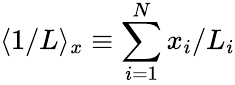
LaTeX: \langle 1/L\rangle_{x}\equiv\sum_{i=1}^{N}x_{i}/L_{i}